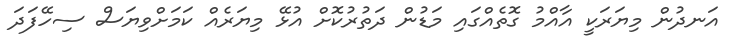
އަނދުން މިޔަރަކީ އާއްމު ގޮތެއްގައި މަޑުން ދަތުރުކޮށް އުޅޭ މިޔަރެއް ކަމަށްވިޔަސް ސިހޭފަދަ